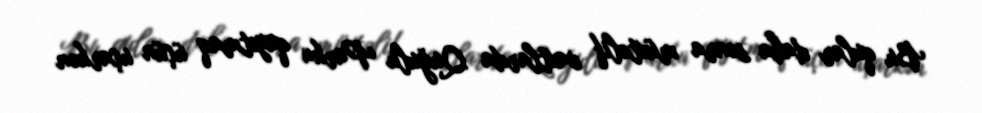
Bu qular daha sonra müxtəlif vaxtlarda Quğulu Parka qayıtmaq üçün uçarkən